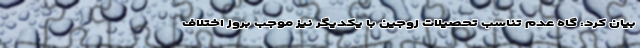
بیان کرد: گاه عدم تناسب تحصیلات زوجین با یکدیگر نیز موجب بروز اختلاف